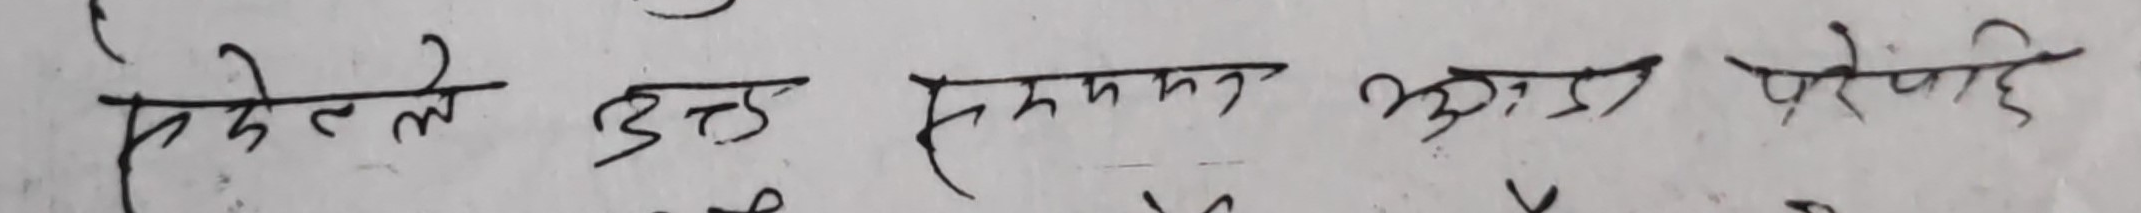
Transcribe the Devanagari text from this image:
एकैले उक्त एकमनमा झाक्रे परेछ